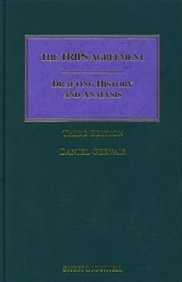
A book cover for The TRIPS Agreement: Drafting History and Analysis; Daniel Gervais; Law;